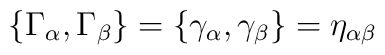
\{ \Gamma_\alpha, \Gamma_\beta \}= \{ \gamma_\alpha, \gamma_\beta \}= \eta_{\alpha\beta}